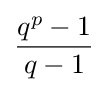
{\frac {q^{p}-1}{q-1}}